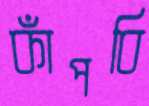
কাঁপবি